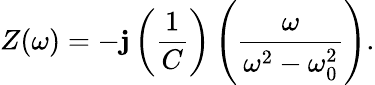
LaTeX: Z(\omega)=-\mathbf{j}\left({\frac{{1}}{{C}}}\right)\left({\frac{{\omega}}{{\omega^{2}-\omega_{0}^{2}}}}\right).